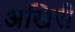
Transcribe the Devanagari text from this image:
अखिरी